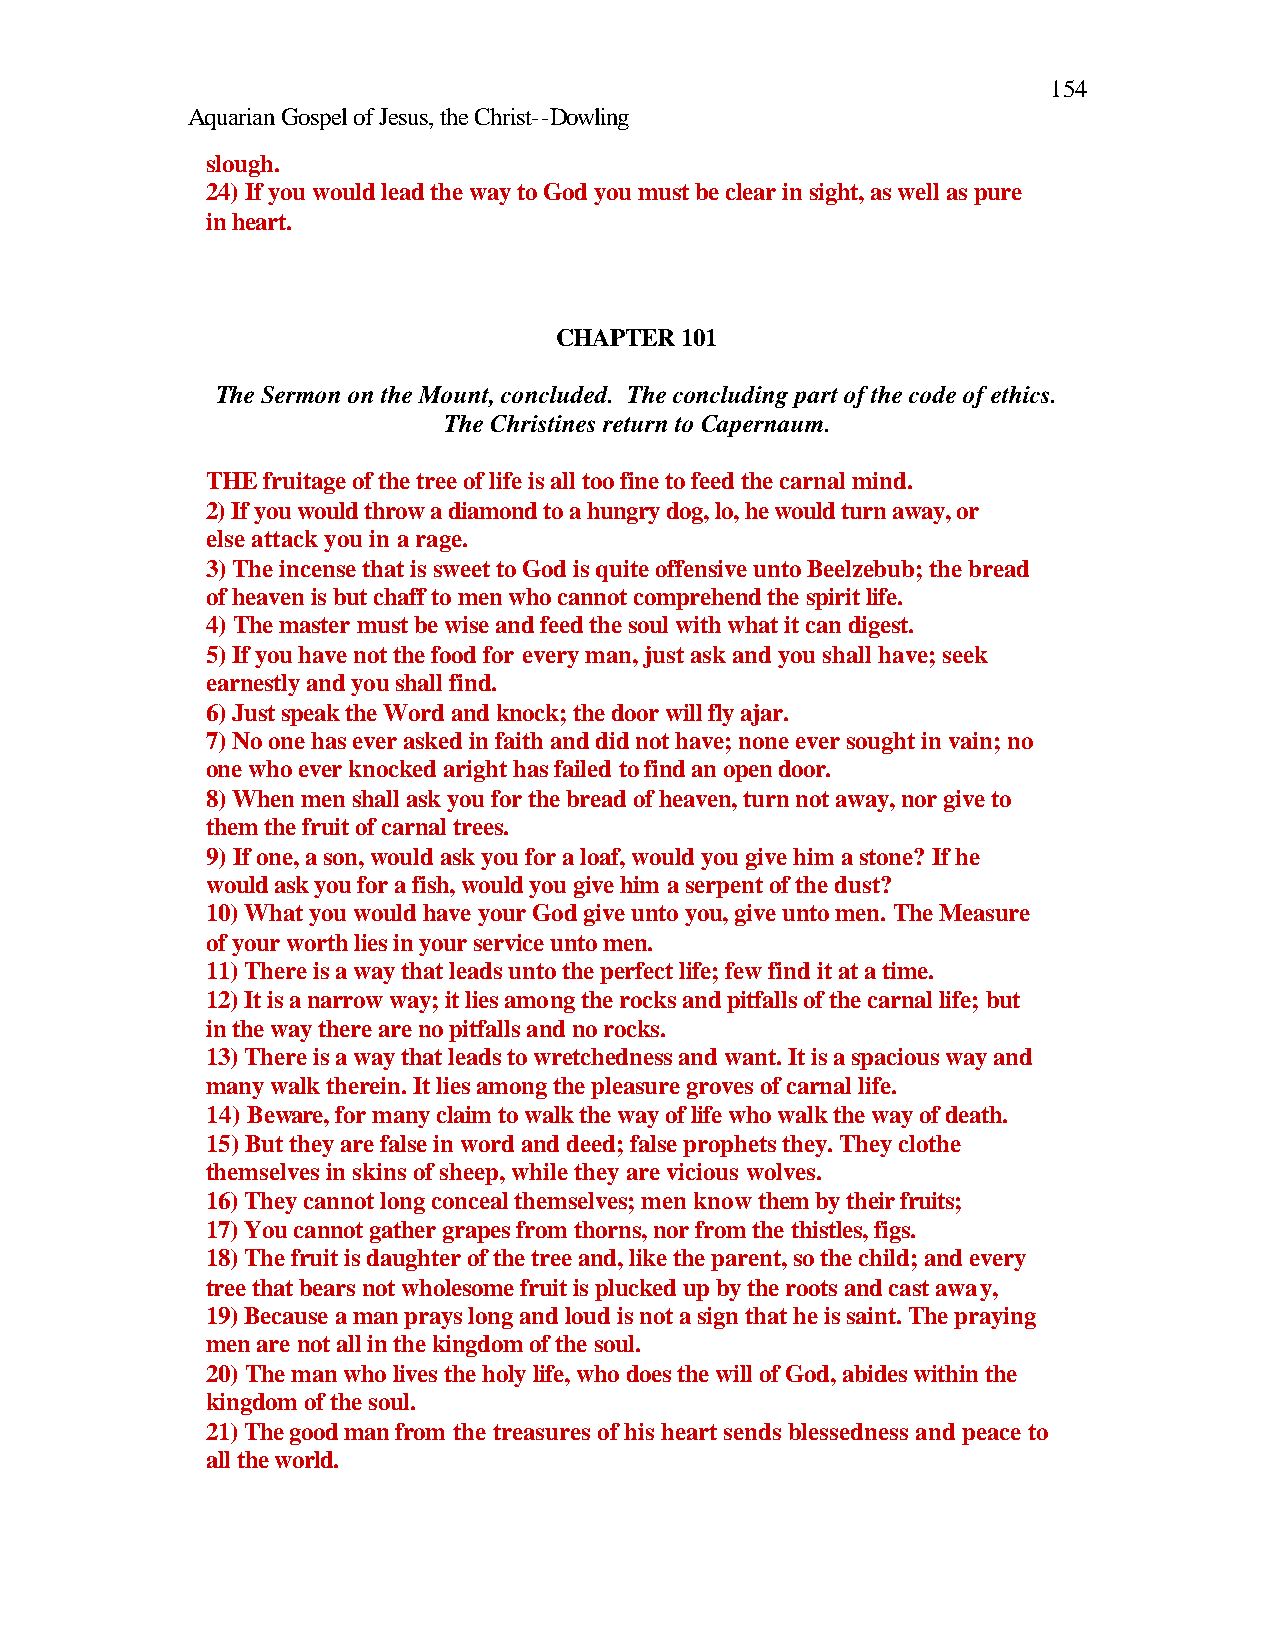
154
 Aquarian Gospel of Jesus, the Christ--Dowling
 slough.
 24) If you would lead the way to God you must be clear in sight, as well as pure
 in heart.
 CHAPTER 101
 The Sermon on the Mount, concluded. The concluding part of the code of ethics.
 The Christines return to Capernaum.
 THE fruitage of the tree of life is all too fine to feed the carnal mind.
 2) If you would throw a diamond to a hungry dog, lo, he would turn away, or
 else attack you in a rage.
 3) The incense that is sweet to God is quite offensive unto Beelzebub; the bread
 of heaven is but chaff to men who cannot comprehend the spirit life.
 4) The master must be wise and feed the soul with what it can digest.
 5) If you have not the food for every man, just ask and you shall have; seek
 earnestly and you shall find.
 6) Just speak the Word and knock; the door will fly ajar.
 7) No one has ever asked in faith and did not have; none ever sought in vain; no
 one who ever knocked aright has failed to find an open door.
 8) When men shall ask you for the bread of heaven, turn not away, nor give to
 them the fruit of carnal trees.
 9) If one, a son, would ask you for a loaf, would you give him a stone? If he
 would ask you for a fish, would you give him a serpent of the dust?
 10) What you would have your God give unto you, give unto men. The Measure
 of your worth lies in your service unto men.
 11) There is a way that leads unto the perfect life; few find it at a time.
 12) It is a narrow way; it lies among the rocks and pitfalls of the carnal life; but
 in the way there are no pitfalls and no rocks.
 13) There is a way that leads to wretchedness and want. It is a spacious way and
 many walk therein. It lies among the pleasure groves of carnal life.
 14) Beware, for many claim to walk the way of life who walk the way of death.
 15) But they are false in word and deed; false prophets they. They clothe
 themselves in skins of sheep, while they are vicious wolves.
 16) They cannot long conceal themselves; men know them by their fruits;
 17) You cannot gather grapes from thorns, nor from the thistles, figs.
 18) The fruit is daughter of the tree and, like the parent, so the child; and every
 tree that bears not wholesome fruit is plucked up by the roots and cast away,
 19) Because a man prays long and loud is not a sign that he is saint. The praying
 men are not all in the kingdom of the soul.
 20) The man who lives the holy life, who does the will of God, abides within the
 kingdom of the soul.
 21) The good man from the treasures of his heart sends blessedness and peace to
 all the world.